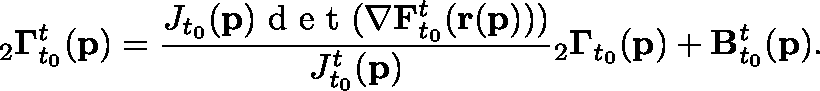
{ } _ { 2 } \mathbf { \Gamma } _ { t _ { 0 } } ^ { t } ( \mathbf { p } ) = \frac { J _ { t _ { 0 } } ( \mathbf { p } ) \textup { d e t } ( \mathbf { \nabla } \mathbf { F } _ { t _ { 0 } } ^ { t } ( \mathbf { r } ( \mathbf { p } ) ) ) } { J _ { t _ { 0 } } ^ { t } ( \mathbf { p } ) } { } _ { 2 } \mathbf { \Gamma } _ { t _ { 0 } } ( \mathbf { p } ) + \mathbf { B } _ { t _ { 0 } } ^ { t } ( \mathbf { p } ) .